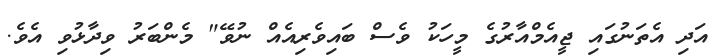
އަދި އެތަނުގައި ޖީއެމްއާރުގެ މީހަކު ވެސް ބައިވެރިއެއް ނުވޭ" މެންބަރު ވިދާޅުވި އެވެ.